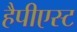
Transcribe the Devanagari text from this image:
हैपीएस्ट